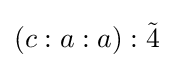
(c:a:a):{\tilde {4}}